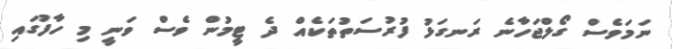
ނަމަވެސް ގޯލްޖަހާނެ ރަނގަޅު ފުރުސަތުތަކެއް ދެ ޓީމުން ވެސް ވަނީ މި ހާފުގައި